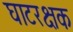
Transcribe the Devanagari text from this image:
घाटरक्षक